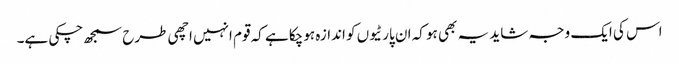
اس کی ایک وجہ شاید یہ بھی ہو کہ ان پارٹیوں کو اندازہ ہوچکا ہے کہ قوم انہیں اچھی طرح سمجھ چکی ہے۔